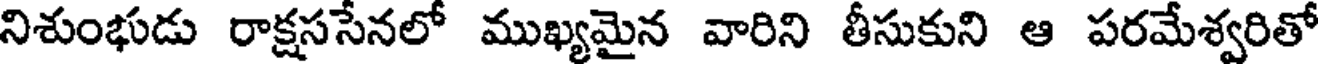
నిశుంభుడు రాక్షససేనలో ముఖ్యమైన వారిని తీసుకుని ఆ పరమేశ్వరితో